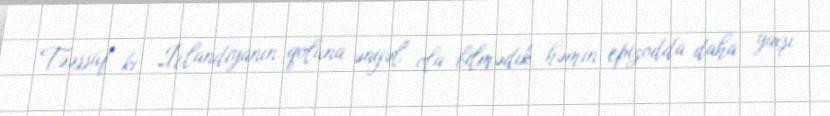
Təəssüf ki, İrlandiyanın qoluna əngəl ola bilmədik, həmin epizodda daha yaxşı